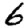
Digit: 6